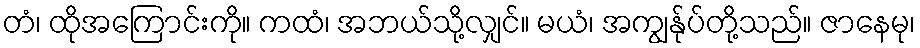
တံ၊ ထိုအကြောင်းကို။ ကထံ၊ အဘယ်သို့လျှင်။ မယံ၊ အကျွန်ုပ်တို့သည်။ ဇာနေမု၊